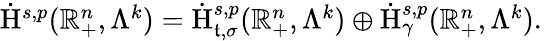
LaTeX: \begin{array}{r}{\dot{\mathrm{H}}^{s,p}(\mathbb{R}_{+}^{n},\Lambda^{k})=\dot{\mathrm{H}}_{{\mathfrak{t}},\sigma}^{s,p}(\mathbb{R}_{+}^{n},\Lambda^{k})\oplus\dot{\mathrm{H}}_{\gamma}^{s,p}(\mathbb{R}_{+}^{n},\Lambda^{k})\mathrm{.~}}\end{array}